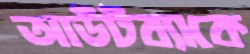
আউটব্যাকে